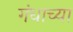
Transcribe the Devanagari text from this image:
गंधाच्या